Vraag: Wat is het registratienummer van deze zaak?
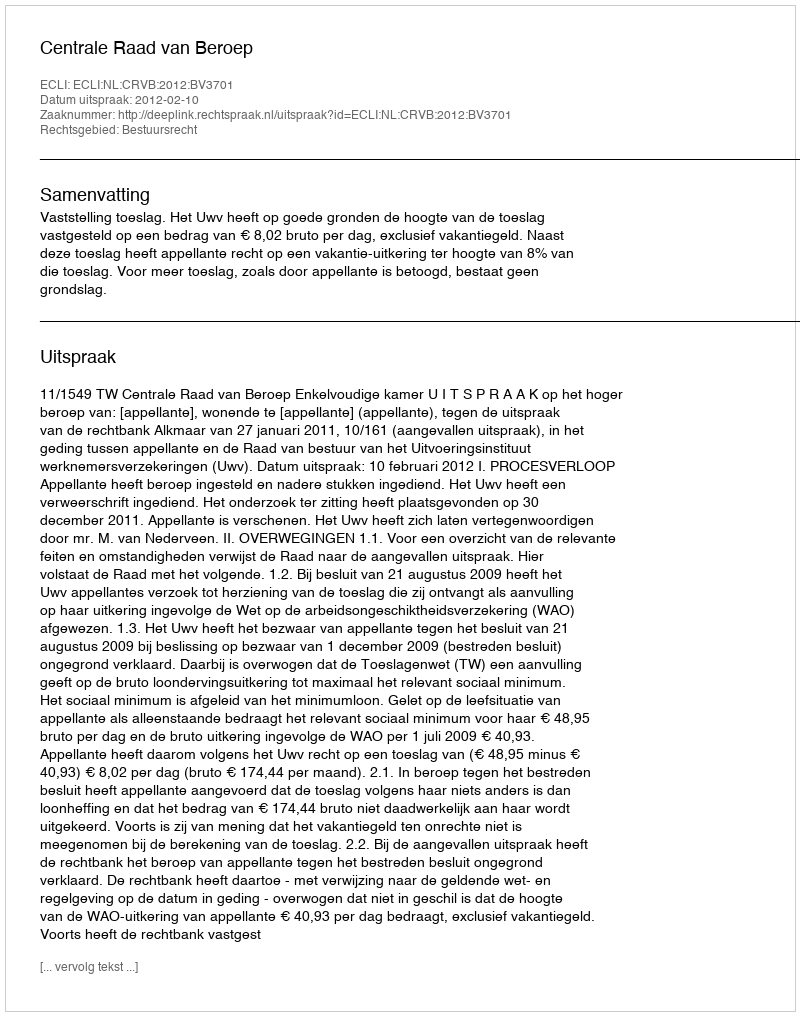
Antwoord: http://deeplink.rechtspraak.nl/uitspraak?id=ECLI:NL:CRVB:2012:BV3701